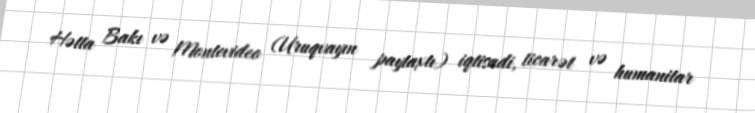
Hətta Bakı və Montevideo (Uruqvayın paytaxtı) iqtisadi, ticarət və humanitar